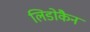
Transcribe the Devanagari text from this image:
लिडोकैन